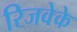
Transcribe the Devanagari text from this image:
रिजवेके